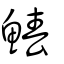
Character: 鰆